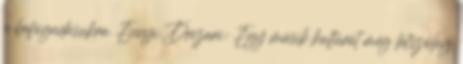
a befogadásukra. Ennyi. Drizari: Egy másik kultúrát még látszólag